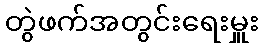
တွဲဖက်အတွင်းရေးမှူး